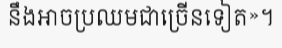
នឹងអាចប្រឈមជាច្រើនទៀត»។